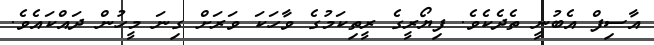
އާސިފް އެބުނީ ތެދެކެވެ. ފިޔޯރީގެ ރީތިކަމުގެ ވާހަކަ ވަރަށް ގިނަ މީހުން ދައްކައެވެ.